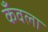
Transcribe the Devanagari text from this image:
कँवला